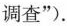
调查”).